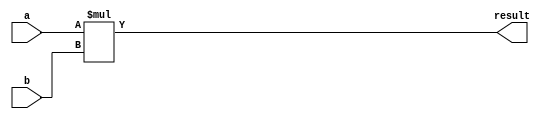
module signed_multiplier (
    input signed [31:0] a,
    input signed [31:0] b,
    output signed [31:0] result
);

assign result = a * b;

endmodule